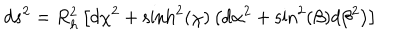
d s ^ { 2 } = R _ { h } ^ { 2 } \left[ d \chi ^ { 2 } + \sinh ^ { 2 } ( \chi ) \left( d \alpha ^ { 2 } + \sin ^ { 2 } ( \beta ) d \beta ^ { 2 } \right) \right]